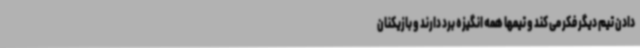
دادن تیم دیگر فکر می کند و تیمها همه انگیزه برد دارند و بازیکنان